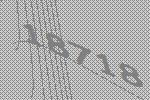
18718